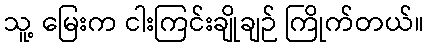
သူ့ မြေးက ငါးကြင်းချိုချဉ် ကြိုက်တယ်။